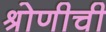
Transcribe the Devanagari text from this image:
श्रोणीची